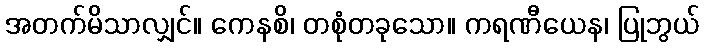
အတက်မိသာလျှင်။ ကေနစိ၊ တစုံတခုသော။ ကရဏီယေန၊ ပြုဘွယ်